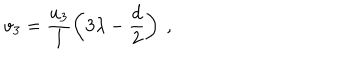
v _ { 3 } = \frac { u _ { 3 } } l \left( 3 \lambda - \frac { d } 2 \right) ~ ,